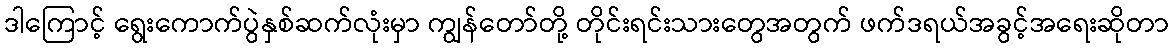
ဒါကြောင့် ရွေးကောက်ပွဲနှစ်ဆက်လုံးမှာ ကျွန်တော်တို့ တိုင်းရင်းသားတွေအတွက် ဖက်ဒရယ်အခွင့်အရေးဆိုတာ